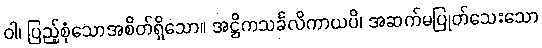
ဝါ၊ ပြည့်စုံသောအစိတ်ရှိသော။ အဋ္ဌိကသင်္ခလိကာယပိ၊ အဆက်မပြုတ်သေးသော